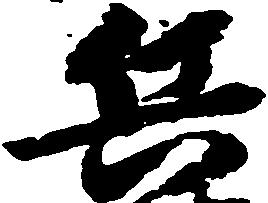
兵